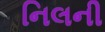
નિલની